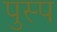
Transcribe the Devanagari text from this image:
पुस्प